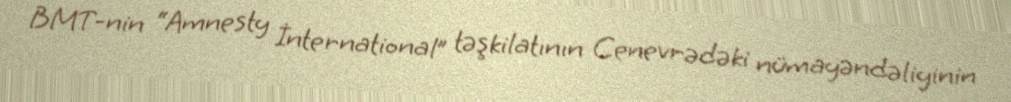
BMT-nin “Amnesty İnternational” təşkilatının Cenevrədəki nümayəndəliyinin